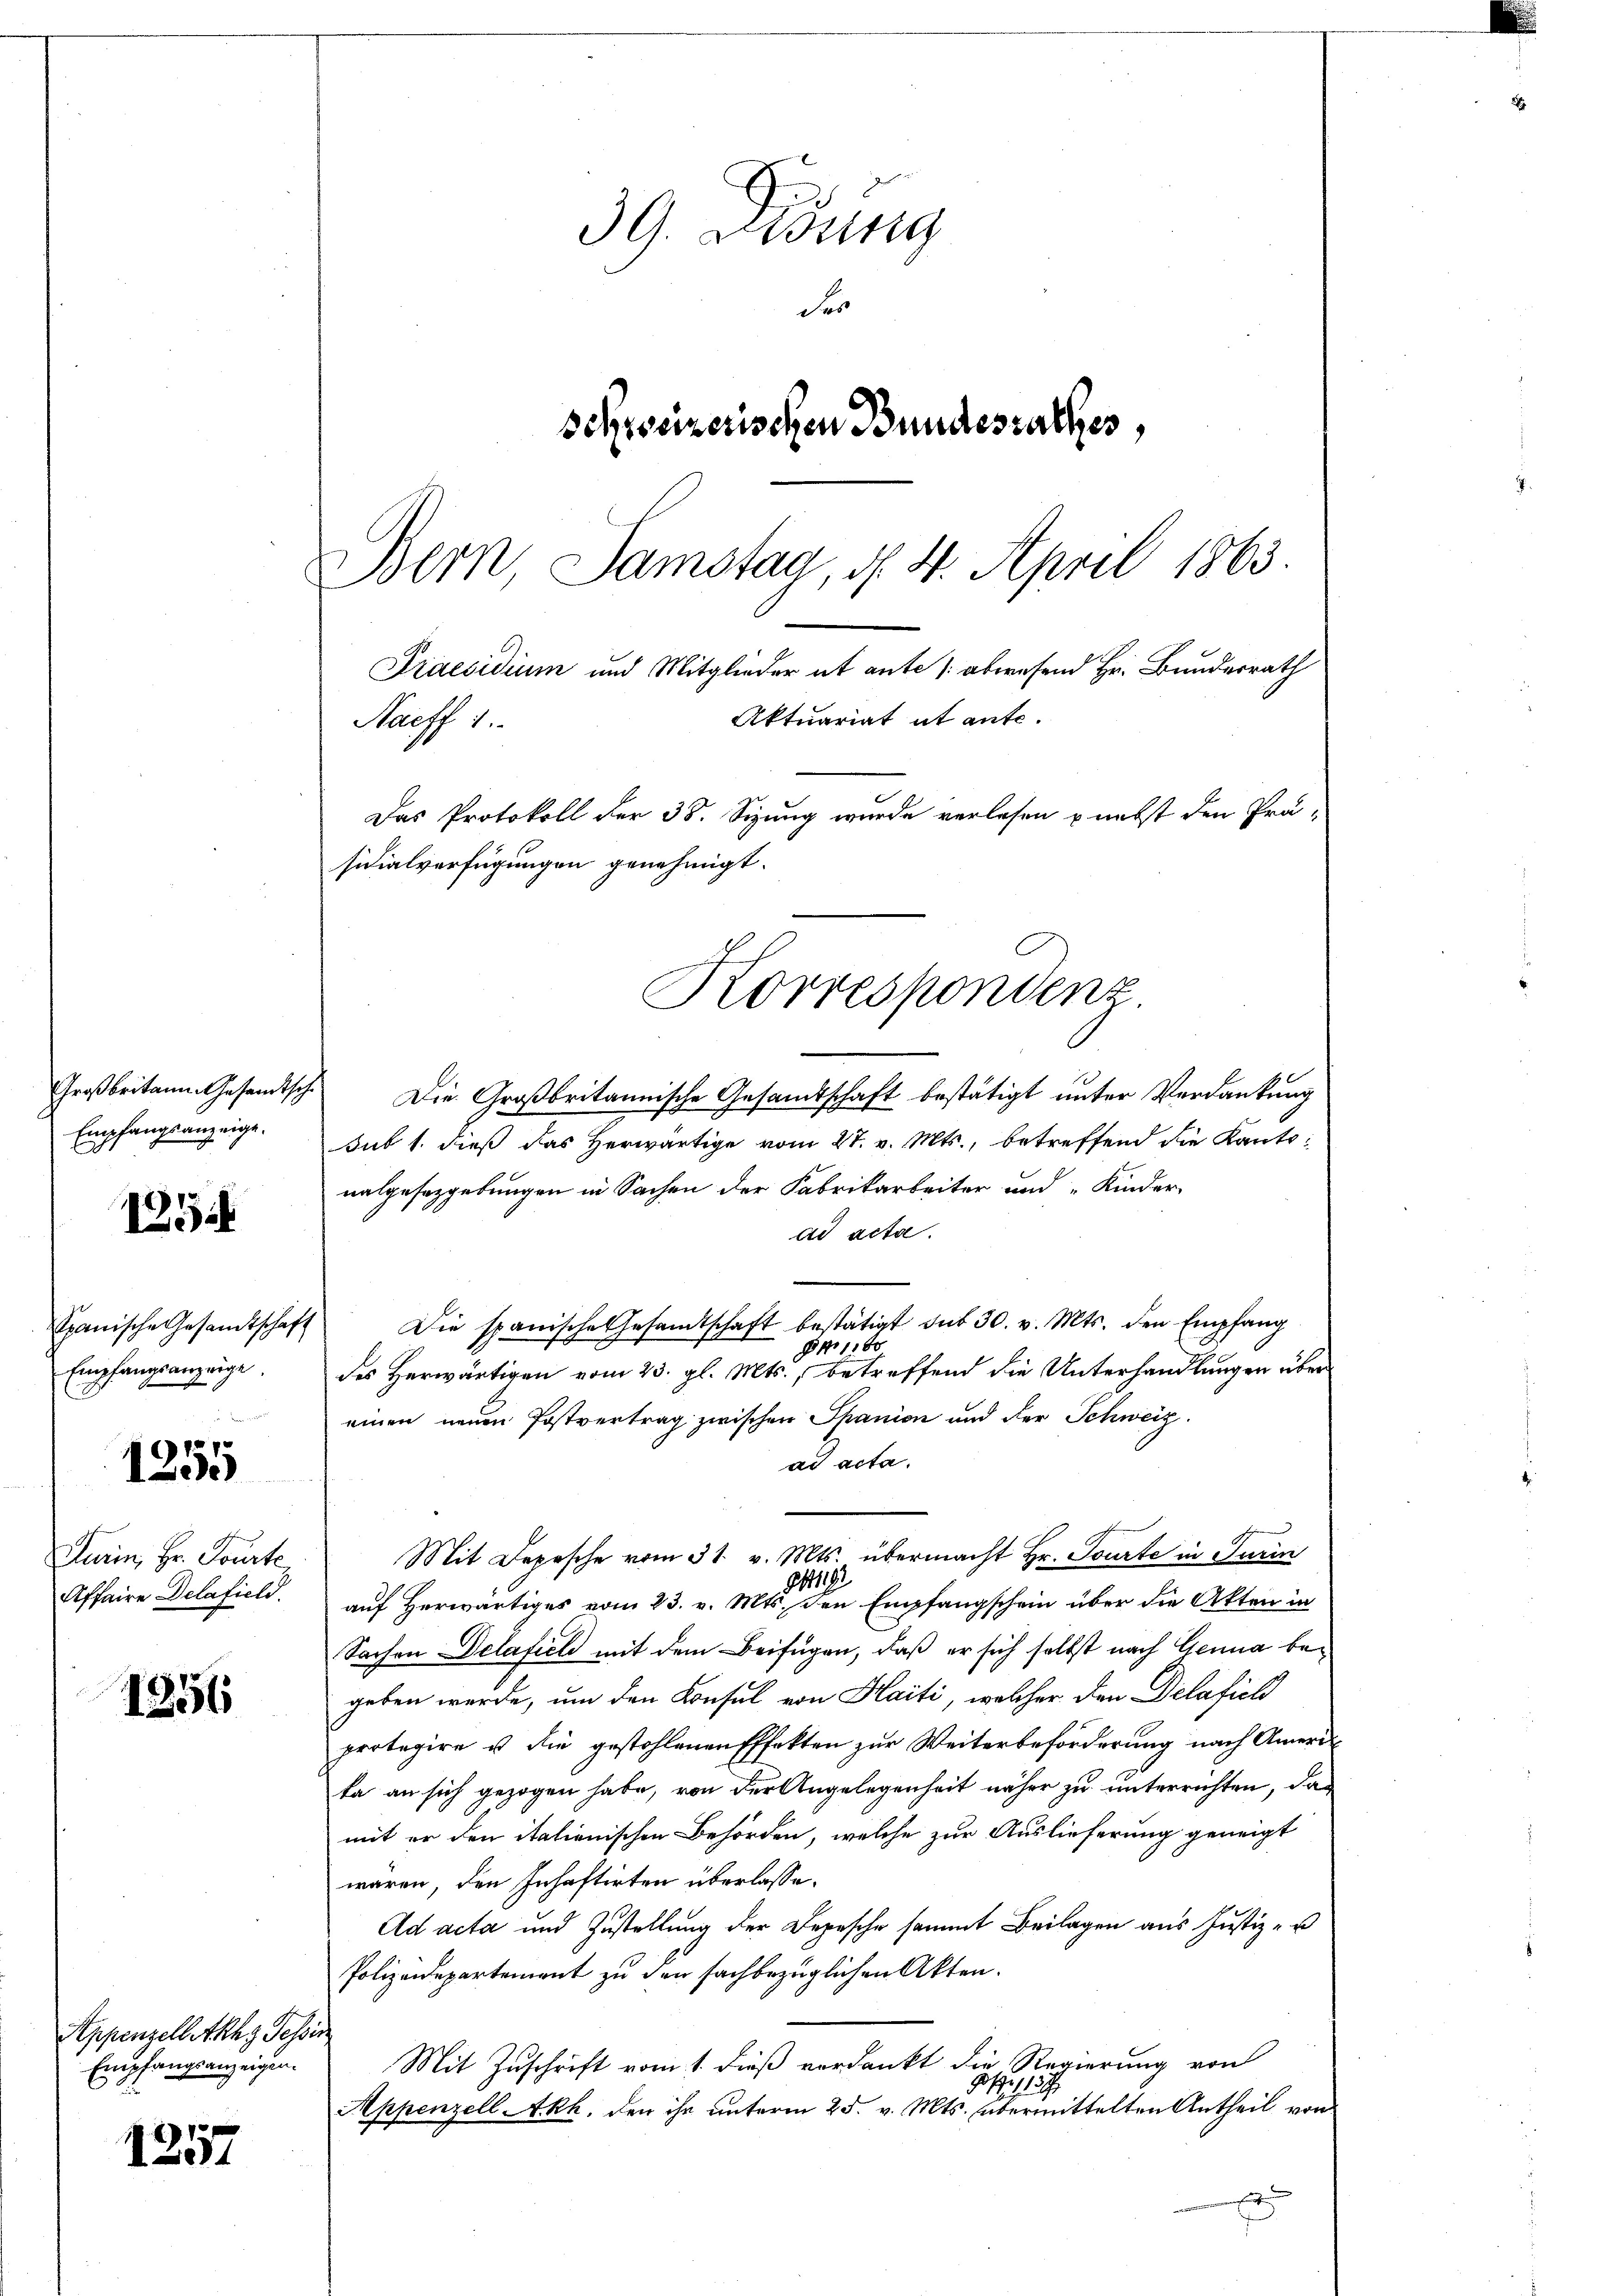
154

panische Gesandtschaf
Empfangsanzeige.

1255

Turin, Hr. Pourte
Affaire Delafield.

1256

1257

Großbritann. Gesandtsch
Empfangsanzeige.

Appenzellaths Tessin
Empfangsanzeigen.

39. Didung
Fr
schweizerischen Bundesrathes,

Bern Samstag, d. 4. April 1863.
Praesidium und Mitglieder et ante abwesend Hr. Bundesrath
Aktuariat et ante.
Nacff 1.
Das Protokoll der 38. Sizung wurde verlesen nebst den Prä-
sidialverfügungen genehmigt.
Korrespondenz.

Die Großbritannische Gesamtschaft bestätigt unter Verdankung
sub 1. dieß das Herwärtige vom 27. v. Mts., betreffend die Kantonalgesezgebungen in Sachen der Fabrikarbeiter und „Kinder-
ad acta.
Die spanische Gesandtschaft bestätigt sub 30. v. Mts. den Empfang
9 No 1160
des Herwärtigen vom 23. gl. Mts., betreffend die Unterhandlungen über
einen neuen Postvertrag zwischen Spanien und der Schweiz.
ad acta.
Mit Depesche vom 31. v. Mts. übermacht Hr. Tourte in Turin
8111
auf Herwärtiges vom 23. v. Mts. den Empfangschein über die Akten in
Sachen Delafiel mit dem Beifügen, daß er sich selbst nach Genua begeben werde, um den Konsul von Haiti, welcher den Delafich
protegire u die gestohlenen Effekten zur Weiterbeförderung nach Amerita an sich gezogen habe, von der Angelegenheit näher zu unterrichten, das
mit er den italienischen Behörden, welche zur Auslieferung geneigt
waren, den Inhaftirten überlasse.
Ad acta und Zustellung der Depesche sammt Beilagen aus Justiz- u
Polizeidepartement zu den sachbezüglichen Akten.
Mit Zuschrift vom 1. dieß verdankt die Regierung von
1137
Appenzell Akh. den ihr unterm 25. v. Mts. übermittelten Antheil von
e